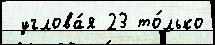
 углова́я 23 то́лько